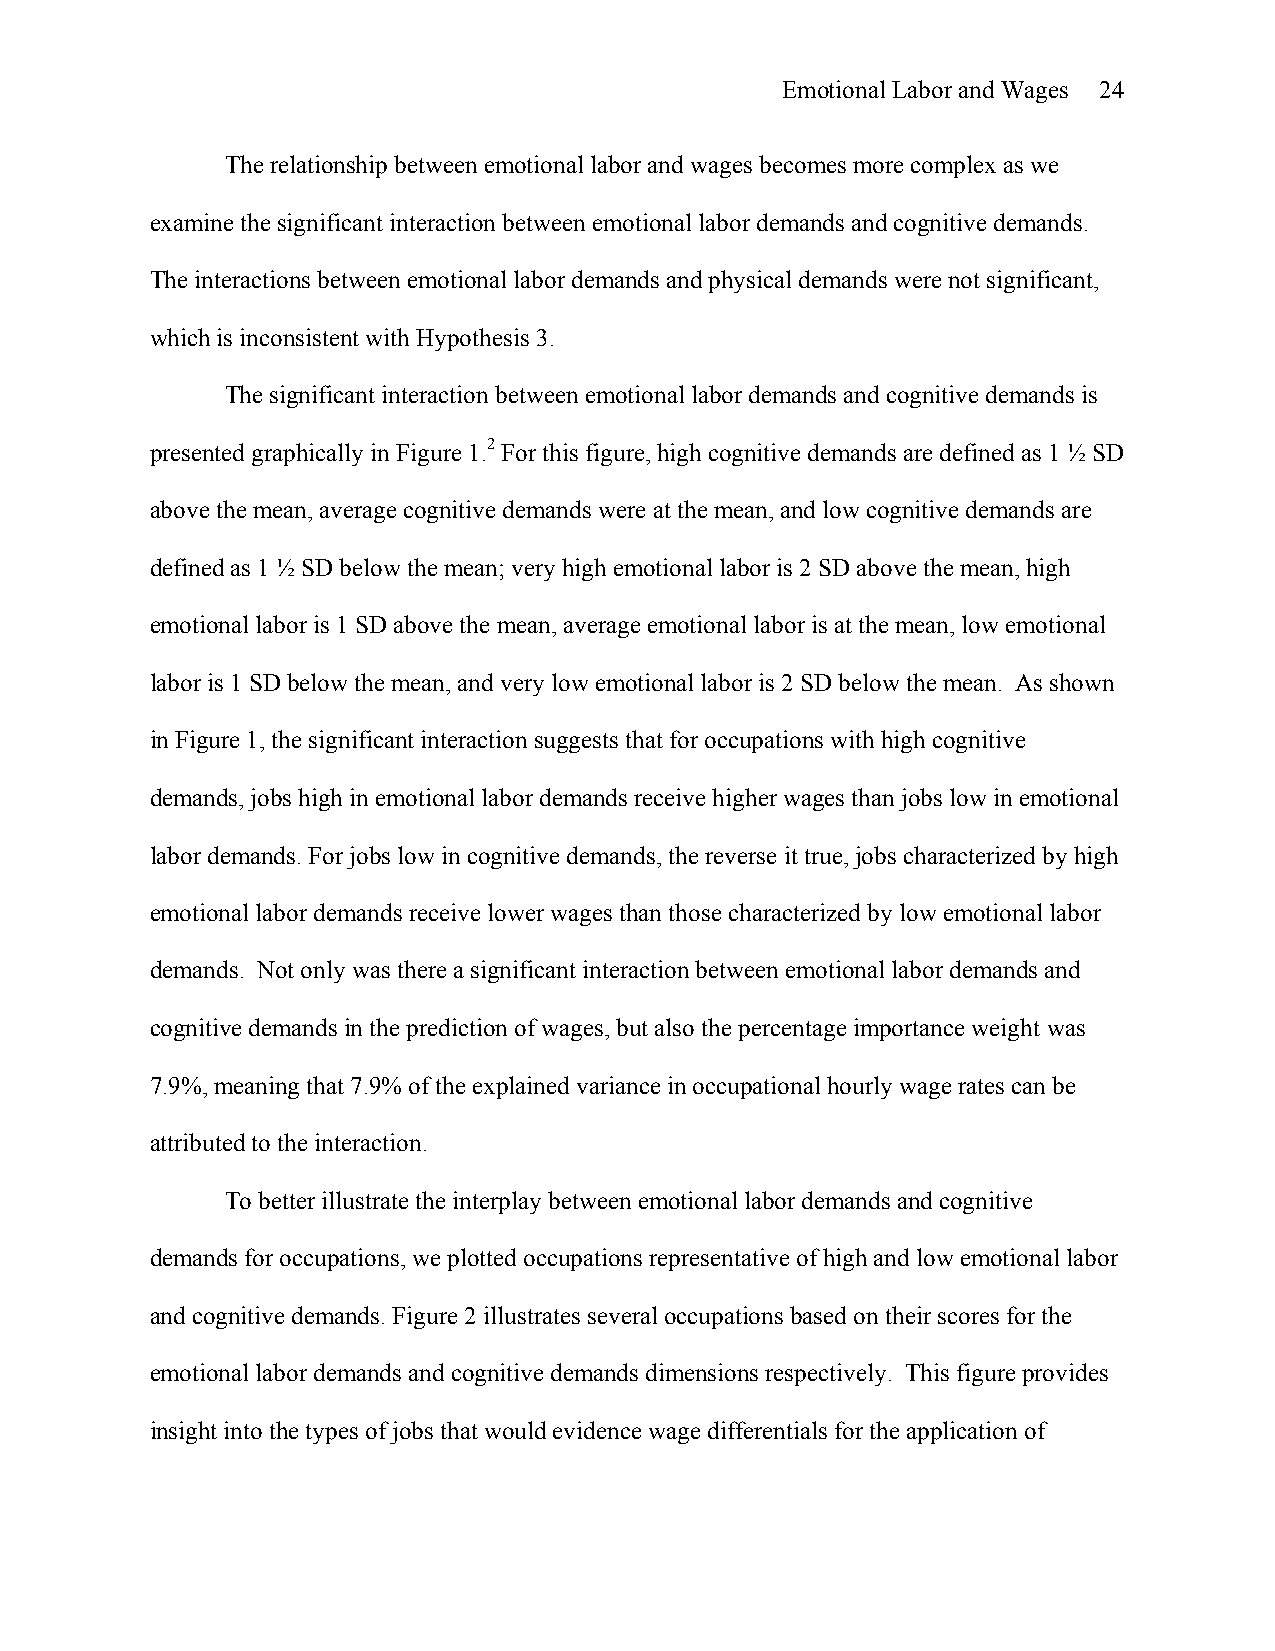
Emotional Labor and Wages 24
 The relationship between emotional labor and wages becomes more complex as we
 examine the significant interaction between emotional labor demands and cognitive demands.
 The interactions between emotional labor demands and physical demands were not significant,
 which is inconsistent with Hypothesis 3.
 The significant interaction between emotional labor demands and cognitive demands is
 presented graphically in Figure 1.2 For this figure, high cognitive demands are defined as 1 ½ SD
 above the mean, average cognitive demands were at the mean, and low cognitive demands are
 defined as 1 ½ SD below the mean; very high emotional labor is 2 SD above the mean, high
 emotional labor is 1 SD above the mean, average emotional labor is at the mean, low emotional
 labor is 1 SD below the mean, and very low emotional labor is 2 SD below the mean. As shown
 in Figure 1, the significant interaction suggests that for occupations with high cognitive
 demands, jobs high in emotional labor demands receive higher wages than jobs low in emotional
 labor demands. For jobs low in cognitive demands, the reverse it true, jobs characterized by high
 emotional labor demands receive lower wages than those characterized by low emotional labor
 demands. Not only was there a significant interaction between emotional labor demands and
 cognitive demands in the prediction of wages, but also the percentage importance weight was
 7.9%, meaning that 7.9% of the explained variance in occupational hourly wage rates can be
 attributed to the interaction.
 To better illustrate the interplay between emotional labor demands and cognitive
 demands for occupations, we plotted occupations representative of high and low emotional labor
 and cognitive demands. Figure 2 illustrates several occupations based on their scores for the
 emotional labor demands and cognitive demands dimensions respectively. This figure provides
 insight into the types of jobs that would evidence wage differentials for the application of